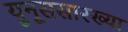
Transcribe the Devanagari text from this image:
युनूससारख्या